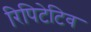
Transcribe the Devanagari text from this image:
रिपिटेटिव